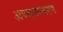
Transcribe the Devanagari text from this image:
अपरूपान्तरण